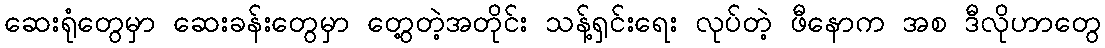
ဆေးရုံတွေမှာ ဆေးခန်းတွေမှာ တွေ့တဲ့အတိုင်း သန့်ရှင်းရေး လုပ်တဲ့ ဖီနောက အစ ဒီလိုဟာတွေ